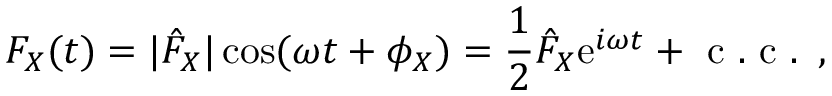
F _ { X } ( t ) = | \hat { F } _ { X } | \cos ( \omega t + \phi _ { X } ) = \frac { 1 } { 2 } \hat { F } _ { X } \mathrm { e } ^ { i \omega t } + \mathrm { ~ c ~ . ~ c ~ . ~ } \, ,